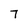
Character: 7